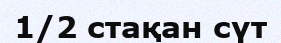
1/2 стақан сүт